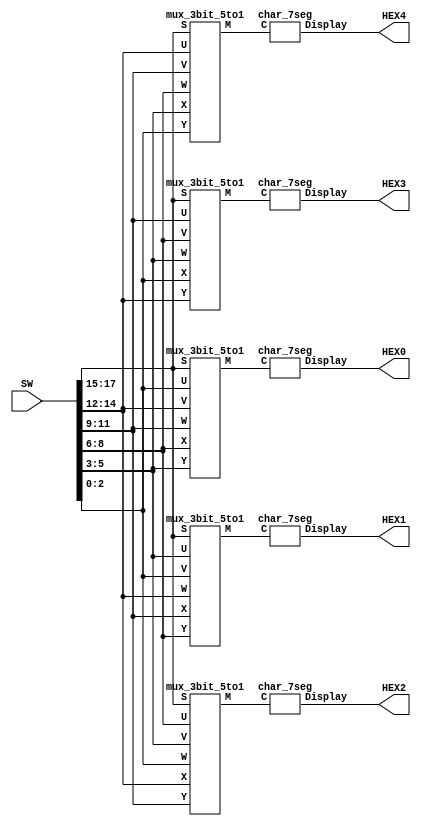
module PART5 (SW, HEX0, HEX1, HEX2, HEX3, HEX4);
	input [17:0] SW; 
	output [0:6] HEX0;
	output [0:6] HEX1;
	output [0:6] HEX2;
	output [0:6] HEX3;
	output [0:6] HEX4;

	wire [2:0] M0;
	mux_3bit_5to1 MX0 (SW[17:15], SW[14:12], SW[11:9], SW[8:6], SW[5:3], SW[2:0], M0);
	wire [2:0] M1;
	mux_3bit_5to1 MX1 (SW[17:15], SW[11:9], SW[8:6], SW[5:3], SW[2:0], SW[14:12], M1);
	wire [2:0] M2;
	mux_3bit_5to1 MX2 (SW[17:15], SW[8:6], SW[5:3], SW[2:0], SW[14:12], SW[11:9], M2);
	wire [2:0] M3;
	mux_3bit_5to1 MX3 (SW[17:15], SW[5:3], SW[2:0], SW[14:12], SW[11:9], SW[8:6], M3);
	wire [2:0] M4;
	mux_3bit_5to1 MX4 (SW[17:15], SW[2:0], SW[14:12], SW[11:9], SW[8:6], SW[5:3], M4);

	char_7seg H0 (M0, HEX4);
	char_7seg H1 (M1, HEX3);
	char_7seg H2 (M2, HEX2);
	char_7seg H3 (M3, HEX1);
	char_7seg H4 (M4, HEX0);
	
endmodule


module mux_3bit_5to1 (S, U, V, W, X, Y, M);
	input [2:0] S, U, V, W, X, Y;
	output [2:0] M;
	
	assign M = ((~{3{S[2]}} & ((~{3{S[1]}} & ((~{3{S[0]}} & U) | ({3{S[0]}} & V))) | ({3{S[1]}} & ((~{3{S[0]}} & W) | ({3{S[0]}} & X))))) | ({3{S[2]}} & Y));
endmodule


module char_7seg (C, Display);
	input [2:0] C; 
	output [0:6] Display;
	
	assign Display[0] = ~(C[0] & ~C[2]);
	assign Display[1] = ~((~C[0] & ~C[1] & ~C[2]) | (C[0] & C[1] & ~C[2]));
	assign Display[2] = Display[1];
	assign Display[3] = ~((~C[2] & C[1]) | (~C[2] & C[0]));
	assign Display[4] = C[2];
	assign Display[5] = Display[4];
	assign Display[6] = ~(~C[1] & ~C[2]);

endmodule